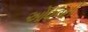
ઓવનની